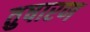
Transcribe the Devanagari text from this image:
तुषारण